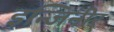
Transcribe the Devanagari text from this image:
इन्जिनीर